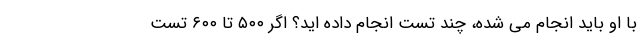
با او باید انجام می شده، چند تست انجام داده اید؟ اگر ۵۰۰ تا ۶۰۰ تست